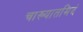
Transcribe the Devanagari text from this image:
चाख्यातमिदं